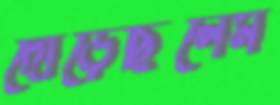
দৌড়েছিলেম